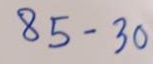
85 - 30